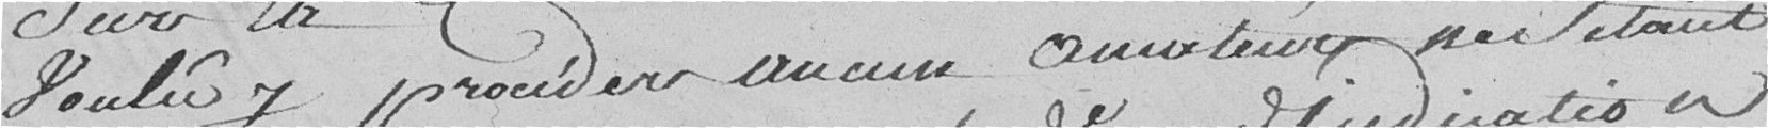
voulu y procéder aucun amateur ne s'étant